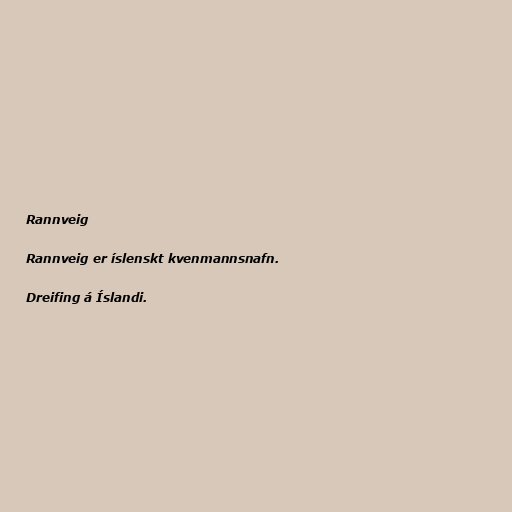
Rannveig

Rannveig er íslenskt kvenmannsnafn.

Dreifing á Íslandi.